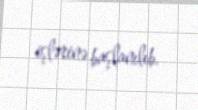
işlərinə başlanılıb.